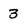
Character: 3